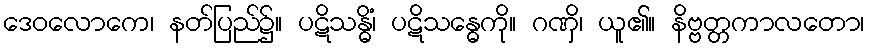
ဒေဝလောကေ၊ နတ်ပြည်၌။ ပဋိသန္ဓိံ၊ ပဋိသန္ဓေကို။ ဂဏှိ၊ ယူ၏။ နိဗ္ဗတ္တကာလတော၊